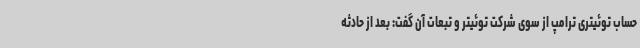
حساب توئیتری ترامپ از سوی شرکت توئیتر و تبعات آن گفت: بعد از حادثه